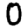
Digit: 0